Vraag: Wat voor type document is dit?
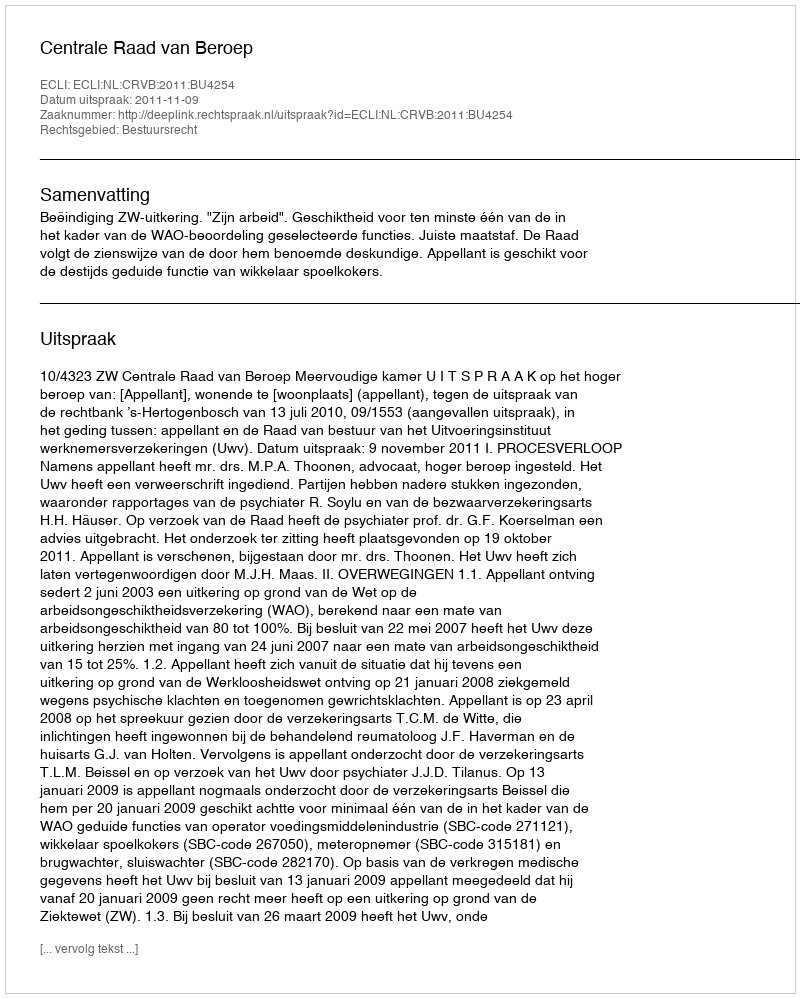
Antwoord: Uitspraak